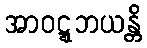
အာဝဋ္ဋဘယန္တိ